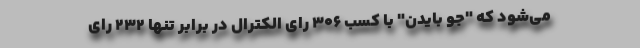
می‌شود که "جو بایدن" با کسب ۳۰۶ رای الکترال در برابر تنها ۲۳۲ رای